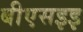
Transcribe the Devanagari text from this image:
बीएसइइ